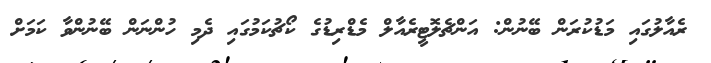
ރެއާލުގައި މަޑުކުރަން ބޭނުން: އަންޗެލޮޓީރެއާލް މެޑްރިޑުގެ ކޯޗުކަމުގައި ދެމި ހުންނަން ބޭނުންވާ ކަމަށް